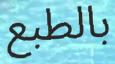
بالطبع